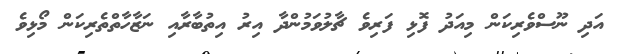
އަދި ނޫސްވެރިކަން މިއަދު ފޮޅި ފަރިވެ ޗާލުވަމުންދާ އިރު އިތުބާރާއި ނަޒާހާތްތެރިކަން މޯޅިވެ